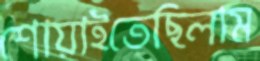
শোয়াইতেছিলাম